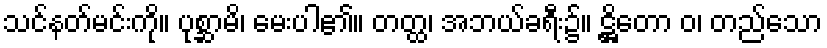
သင်နတ်မင်းကို။ ပုစ္ဆာမိ၊ မေးပါ၏။ တတ္ထ၊ အဘယ်ခရီး၌။ ဋ္ဌိတော ဝ၊ တည်သော